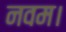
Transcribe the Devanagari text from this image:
नवम।